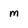
Character: m